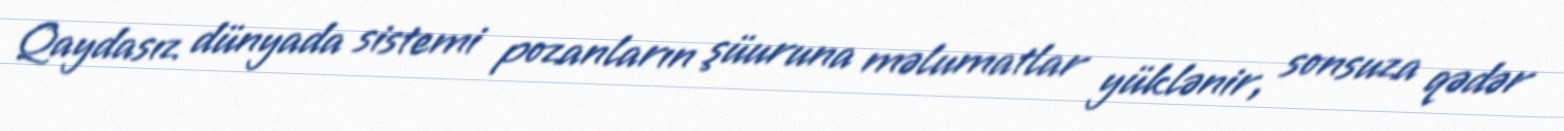
Qaydasız dünyada sistemi pozanların şüuruna məlumatlar yüklənir, sonsuza qədər